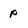
Character: p